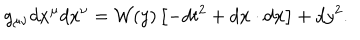
LaTeX: g _ { \mu \nu } d x ^ { \mu } d x ^ { \nu } = { \cal W } ( y ) \left[ - d t ^ { 2 } + d { \bf x } \cdot d { \bf x } \right] + d y ^ { 2 } .